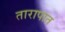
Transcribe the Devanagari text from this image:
तारापात